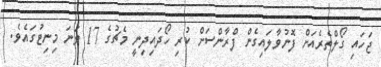
ޖަހައި ގޯލްތެރެއަށް ފޮނުވާލައިގެން ފްރާންސަށް ކުރި ހޯދައިދިނީ މެޗުގެ 17 ވަނަ މިނިޓުގައެވެ.